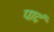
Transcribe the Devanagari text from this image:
पादं